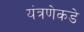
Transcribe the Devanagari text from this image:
यंत्रणेकडे